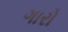
ગારો